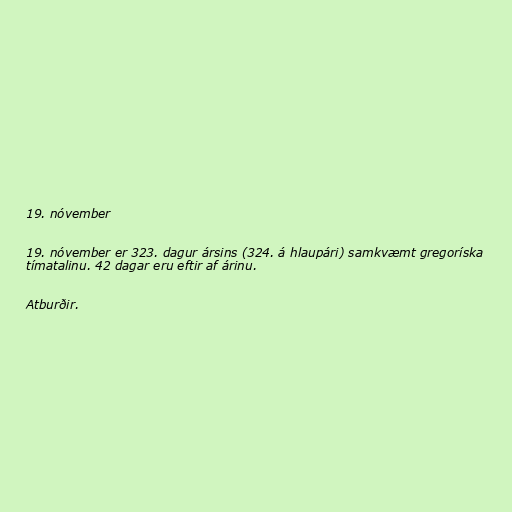
19. nóvember

19. nóvember er 323. dagur ársins (324. á hlaupári) samkvæmt gregoríska
tímatalinu. 42 dagar eru eftir af árinu.

Atburðir.